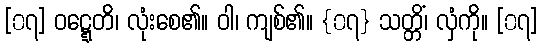
[၀၇] ဝဋ္ဋေတိ၊ လုံးစေ၏။ ဝါ၊ ကျစ်၏။ {၀၇} သတ္တိံ၊ လှံကို။ [၀၇]